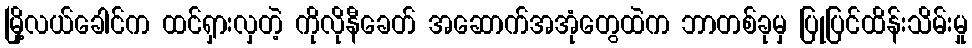
မြို့လယ်ခေါင်က ထင်ရှားလှတဲ့ ကိုလိုနီခေတ် အဆောက်အအုံတွေထဲက ဘာတစ်ခုမှ ပြုပြင်ထိန်းသိမ်းမှု